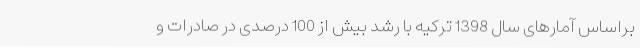
براساس آمارهای سال 1398 ترکیه با رشد بیش از 100 درصدی در صادرات و